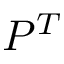
P ^ { T }